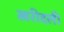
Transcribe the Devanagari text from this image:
खरीदली